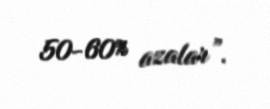
50-60% azalar”.